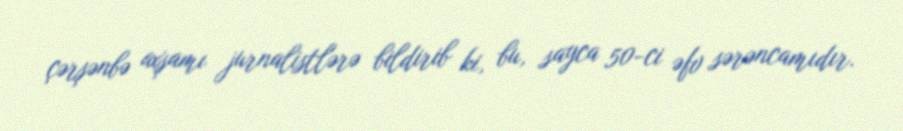
çərşənbə axşamı jurnalistlərə bildirib ki, bu, sayca 50-ci əfv sərəncamıdır.